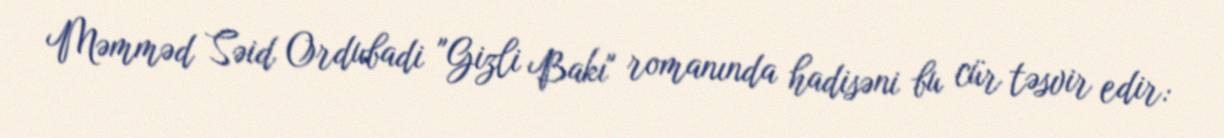
Məmməd Səid Ordubadi "Gizli Bakı" romanında hadisəni bu cür təsvir edir: